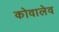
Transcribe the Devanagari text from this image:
कोवालेव